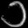
Digit: ၁